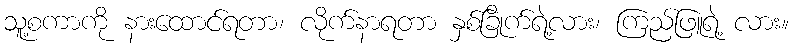
သူ့စကာကို နားထောင်ရတာ၊ လိုက်နာရတာ နှစ်ခြိုက်ရဲ့လား၊ ကြည်ဖြူရဲ့ လား။